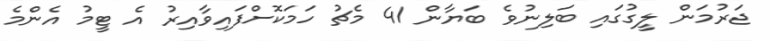
ޖަރުމަން ލީގުގައި ބަލިނުވެ ބަޔާން 41 މެޗު ހަމަކޮށްފައިވާއިރު އެ ޓީމު އެންމެ